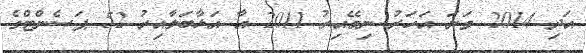
އަދި 2014 ވަނަ އަހަރު ނިމޭއިރު 2011 އާ އަޅާބަލާއިރު 52 ޕަސެންޓްގެ